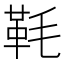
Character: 𩉪